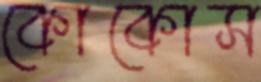
কোকোস